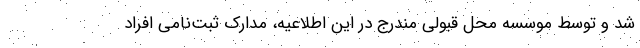
شد و توسط موسسه محل قبولی مندرج در این اطلاعیه، مدارک ثبت‌نامی افراد